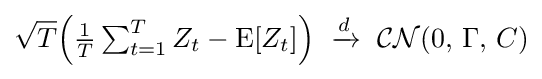
{\sqrt {T}}{\Big (}{\tfrac {1}{T}}\textstyle \sum _{t=1}^{T}Z_{t}-\operatorname {E} [Z_{t}]{\Big )}\ \xrightarrow {d} \ {\mathcal {CN}}(0,\,\Gamma ,\,C)